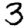
Digit: 3